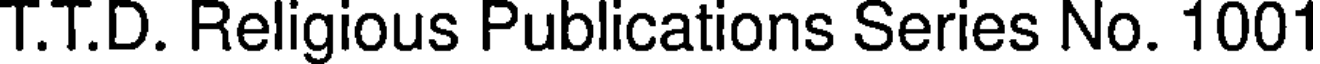
T.T.D. Religious Publications Series No. 1001